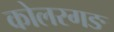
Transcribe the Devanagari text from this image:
कोलरगङ